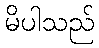
မိပါသည်